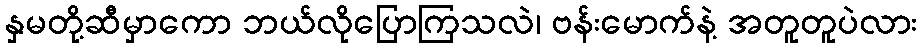
နှမတို့ဆီမှာကော ဘယ်လိုပြောကြသလဲ၊ ဗန်းမောက်နဲ့ အတူတူပဲလား